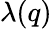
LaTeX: \lambda(q)